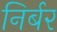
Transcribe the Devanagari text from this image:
निर्बर